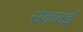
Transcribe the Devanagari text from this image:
उकदई